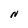
Character: N